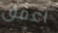
اعمق